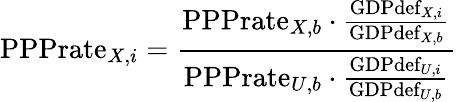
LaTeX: {\textrm{PPPrate}}_{X,i}={\frac{{\textrm{PPPrate}}_{X,b}\cdot{\frac{{\textrm{GDPdef}}_{X,i}}{{\textrm{GDPdef}}_{X,b}}}}{{\textrm{PPPrate}}_{U,b}\cdot{\frac{{\textrm{GDPdef}}_{U,i}}{{\textrm{GDPdef}}_{U,b}}}}}